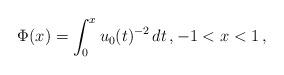
LaTeX: \begin{align*}\Phi(x) = \int_0^x u_0(t)^{-2}\,dt\,, -1 < x < 1\,,\end{align*}